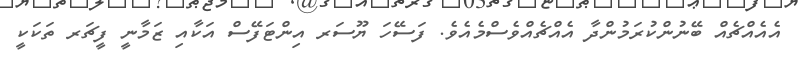
އެއެއްޗެއް ބޭނުންކުރަމުންދާ އެއްޗެއްވެސްމެއެވެ. ފަސޭހަ ޔޫސަރ އިންޓަފޭސް އަކާއި ޒަމާނީ ފީޗަރ ތަކަކީ